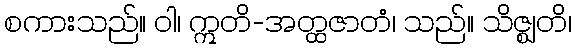
စကားသည်။ ဝါ၊ ဣတိ-အတ္ထဇာတံ၊ သည်။ သိဇ္ဈတိ၊